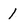
Character: 1